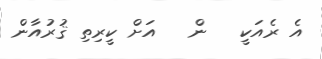
އެ ރެއަކީ   ން   އަށް ކީރިތި ޤުރުއާން